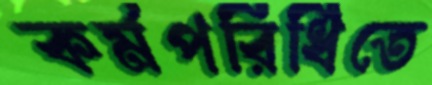
কর্মপরিধিতে